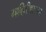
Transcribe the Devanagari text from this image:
माहितीवरूनच